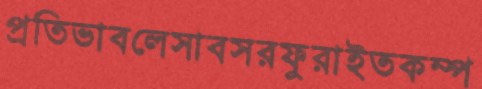
প্রতিভাবলেসাবসরফুরাইতকম্প